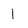
Character: I